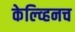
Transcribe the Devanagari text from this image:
केल्व्हिनच